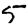
Digit: 5